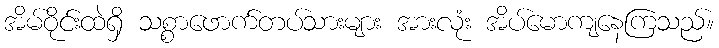
အိမ်ဝိုင်းထဲရှိ သစ္စာဖောက်တပ်သားများ အားလုံး အိပ်မောကျနေကြသည်။